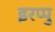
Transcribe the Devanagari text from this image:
इरप्पु